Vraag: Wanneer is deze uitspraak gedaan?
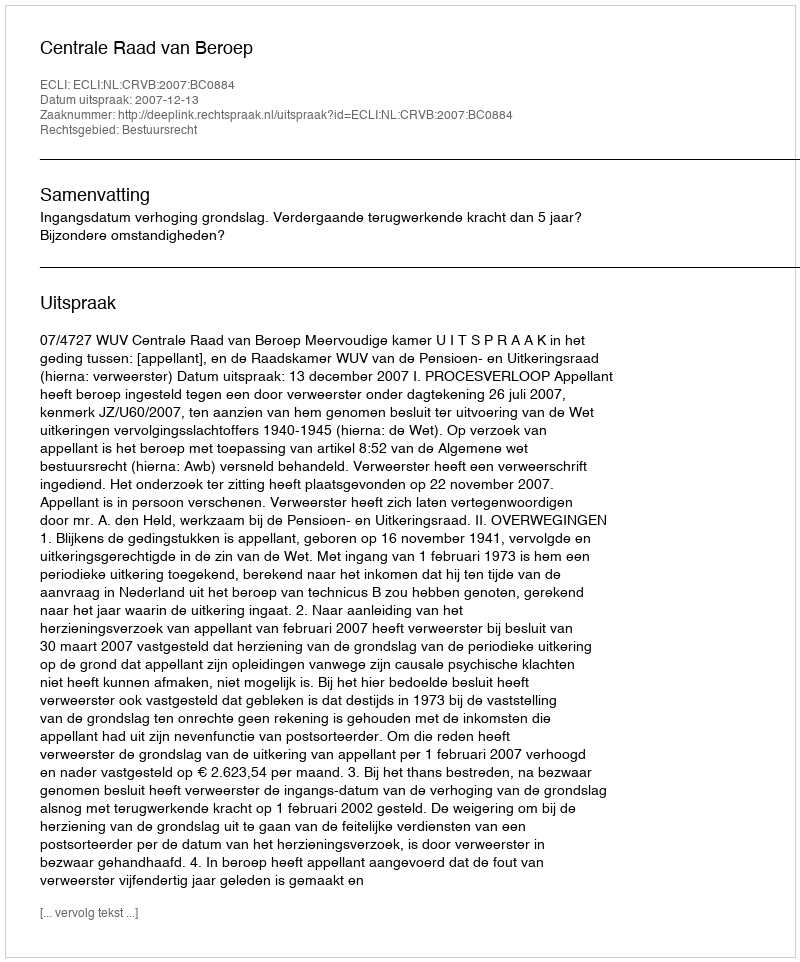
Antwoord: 2007-12-13